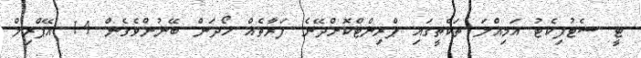
ޓީ ސެޓުފިކެޓު އަމިއްލަ ތަކެތީގައި ޕްރިންޓްކޮށްދޭނެ ފަރާތެއް ހޯދަން ބޭނުންވެގެން 14 އޭޕްރިލް